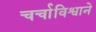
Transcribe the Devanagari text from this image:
चर्चाविश्वाने